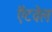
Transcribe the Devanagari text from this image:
ऍटवेल